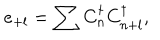
e _ { + l } = \sum C _ { n } ^ { \dagger } C _ { n + l } ^ { \dagger } ,